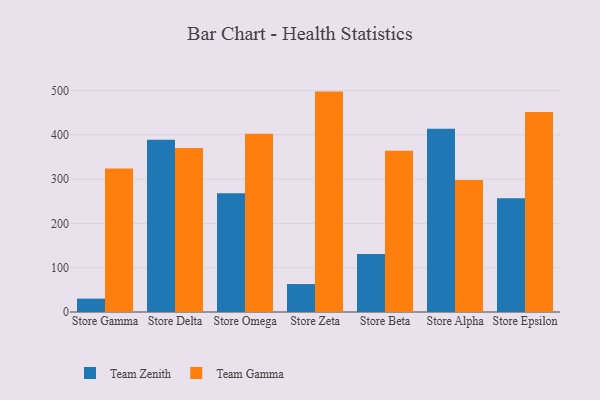
{"axis": {"x": "Store", "y": "Waste Production (Tons)"}, "legend": ["Team Gamma", "Team Zenith"], "data": [{"x": "Store Gamma", "y": 30.2, "type": "Team Zenith"}, {"x": "Store Gamma", "y": 323.8, "type": "Team Gamma"}, {"x": "Store Delta", "y": 389.0, "type": "Team Zenith"}, {"x": "Store Delta", "y": 370.0, "type": "Team Gamma"}, {"x": "Store Omega", "y": 267.9, "type": "Team Zenith"}, {"x": "Store Omega", "y": 402.5, "type": "Team Gamma"}, {"x": "Store Zeta", "y": 63.1, "type": "Team Zenith"}, {"x": "Store Zeta", "y": 497.5, "type": "Team Gamma"}, {"x": "Store Beta", "y": 130.8, "type": "Team Zenith"}, {"x": "Store Beta", "y": 364.1, "type": "Team Gamma"}, {"x": "Store Alpha", "y": 413.5, "type": "Team Zenith"}, {"x": "Store Alpha", "y": 298.0, "type": "Team Gamma"}, {"x": "Store Epsilon", "y": 256.6, "type": "Team Zenith"}, {"x": "Store Epsilon", "y": 451.6, "type": "Team Gamma"}]}